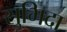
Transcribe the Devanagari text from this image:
सुभिदा